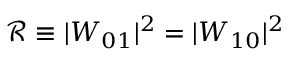
\mathcal { R } \equiv | W _ { 0 1 } | ^ { 2 } = | W _ { 1 0 } | ^ { 2 }